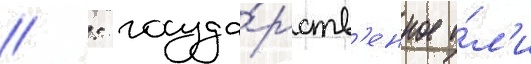
// : госуда́рств'енное и́л'и